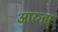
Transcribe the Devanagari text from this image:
आरुह्य